Report on sanitation, dispensaries, and jails in Rajputana for 1916, and on vaccination for the year 1916-1917 - 1916-1917
Year: 1916
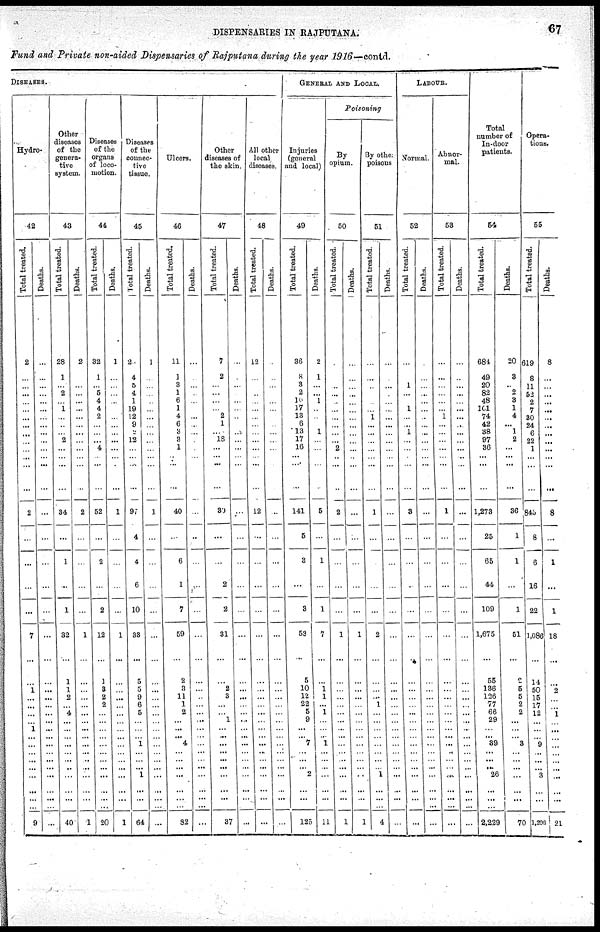
DISPENSARIES IN RAJPUTANA.
67
Fund and Private non-aided Dispensaries of Rajputana during the year 1916—contd.
DISEASES.
Hydro-
42
Total treated.
2
...
...
...
...
...
...
...
...
...
...
...
...
...
2
...
...
...
...
7
...
...
1
...
...
...
...
1
...
...
...
...
...
...
...
...
...
9
Deaths.
...
...
...
...
...
...
...
...
...
...
...
...
...
...
...
...
...
...
...
...
...
...
...
...
...
...
...
...
...
...
...
...
...
...
...
...
...
...
Other
diseases
of the
genera-
tive
system.
43
Total treated.
28
1
...
2
...
1
...
...
...
2
...
...
...
...
34
...
1
...
1
32
...
1
1
2
...
4
...
...
...
...
...
...
...
...
...
...
...
40
Deaths.
2
...
...
...
...
...
...
...
...
...
...
...
...
...
2
...
...
...
...
1
...
...
...
...
...
...
...
...
...
...
...
...
...
...
...
...
...
1
Diseases
of the
organs
of loco-
motion.
44
Total treated.
32
1
...
5
4
4
2
...
...
...
4
...
...
...
52
...
2
...
2
12
...
1
3
2
2
...
...
...
...
...
...
...
...
...
...
...
...
20
Deaths.
1
...
...
...
...
...
...
...
...
...
...
...
...
...
1
...
...
...
...
1
...
...
...
...
...
...
...
...
...
...
...
...
...
...
...
...
...
1
Diseases
of the
connec-
tive
tissue.
45
Total treated.
2
4
5
4
1
19
12
9
2
12
...
...
...
...
97
4
4
6
10
33
...
5
5
9
6
5
...
...
...
1
...
...
...
1
...
...
...
64
Deaths.
1
...
...
...
...
...
...
...
...
...
...
...
...
...
1
...
...
...
...
...
...
...
...
...
...
...
...
...
...
...
...
...
...
...
...
...
...
...
Ulcers.
46
Total treated.
11
1
3
1
6
1
4
6
3
3
1
...
...
...
40
...
6
1
7
59
...
2
3
11
1
2
...
...
...
4
...
...
...
...
...
...
...
82
Deaths.
...
...
...
...
...
...
...
...
...
...
...
...
...
...
...
...
...
...
...
...
...
...
...
...
...
...
...
...
...
...
...
...
...
...
...
...
...
...
Other
diseases of
the skin.
47
Total treated.
7
2
...
...
...
...
2
1
...
18
...
...
...
...
30
...
...
2
2
31
...
...
2
3
...
...
1
...
...
...
...
...
...
...
...
...
...
37
Deaths.
...
...
...
...
...
...
...
...
...
...
...
...
...
...
...
...
...
...
...
...
...
...
...
...
...
...
...
...
...
...
...
...
...
...
...
...
...
...
All other
local
diseases.
48
Total treated.
12
...
...
...
...
...
...
...
...
...
...
...
...
...
12
...
...
...
...
...
...
...
...
...
...
...
...
...
...
...
...
...
...
...
...
...
...
...
Deaths.
...
...
...
...
...
...
...
...
...
...
...
...
...
...
...
...
...
...
...
...
...
...
...
...
...
...
...
...
...
...
...
...
...
...
...
...
...
...
GENERAL AND LOCAL.
Injuries
(general
and local)
49
Total treated.
36
8
3
2
10
17
13
6
13
17
16
...
...
...
141
5
3
...
3
53
...
5
10
12
22
5
9
...
...
7
...
...
... 2
...
...
...
125
Deaths.
2
1
...
...
1
...
...
...
1
...
...
...
...
...
5
...
1
...
1
7
...
...
1
1
...
1
...
...
...
1
...
...
...
...
...
...
...
11
Poisoning
By
opium.
50
Total treated.
...
...
...
...
...
...
...
...
...
...
2
...
...
...
2
...
...
...
...
1
...
...
...
...
...
...
...
...
...
...
...
...
...
...
...
...
...
1
Deaths.
...
...
...
...
...
...
...
...
...
...
...
...
...
...
...
...
...
...
...
1
...
...
...
...
...
...
...
...
...
...
...
...
...
...
...
...
...
1
By other
poisons
51
Total treated.
...
...
...
...
...
...
1
...
...
...
...
...
...
...
1
...
...
...
...
2
...
...
...
...
1
...
...
...
...
...
...
...
...
1
...
...
...
4
Deaths.
...
...
...
...
...
...
...
...
...
...
...
...
...
...
...
...
...
...
...
...
...
...
...
...
...
...
...
...
...
...
...
...
...
...
...
...
...
...
LABOUR.
Normal.
52
Total treated.
...
...
1
...
...
1
...
...
1
...
...
...
...
...
3
...
...
...
...
...
...
...
...
...
...
...
...
...
...
...
...
...
...
...
...
...
...
...
Deaths.
...
...
...
...
...
...
...
...
...
...
...
...
...
...
...
...
...
...
...
...
...
...
...
...
...
...
...
...
...
...
...
...
...
...
...
...
...
...
Abnor-
mal.
53
Total treated.
...
...
...
...
...
...
1
...
...
...
...
...
...
...
1
...
...
...
...
...
...
...
...
...
...
...
...
...
...
...
...
...
...
...
...
...
...
...
Deaths.
...
...
...
...
...
...
...
...
...
...
...
...
...
...
...
...
...
...
...
...
...
...
...
...
...
...
...
...
...
...
...
...
...
...
...
...
...
...
Total
number of
In-door
patients.
54
Total treated.
684
49
20
82
48
101
74
42
38
97
36
...
...
...
1,273
25
65
44
109
1,675
...
55
136
126
77
66
29
...
...
39
...
...
...
26
...
...
...
2,229
Deaths.
20
3
...
2
3
1
4
...
1
2
...
...
...
...
36
1
1
...
1
51
...
2
5
5
2
2
...
...
...
3
...
...
...
...
...
...
...
70
Opera-
tions.
55
Total treated.
619
8
11
52
2
7
30
24
6
22
1
...
...
...
845
8
6
16
22
1,086
...
14
50
15
17
12
...
...
...
9
...
...
...
3
...
...
...
1,205
Deaths.
8
...
...
...
...
...
...
...
...
...
...
...
...
...
8
...
1
...
1
18
...
...
2
...
...
1
...
...
...
...
...
...
...
...
...
...
...
21